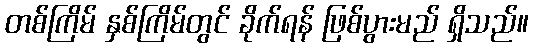
တစ်ကြိမ် နှစ်ကြိမ်တွင် ခိုက်ရန် ဖြစ်ပွားမည် ရှိသည်။